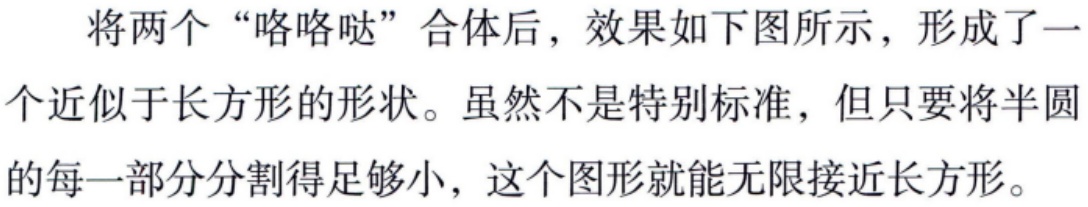
将两个“咯咯哒”合体后，效果如下图所示，形成了一个近似于长方形的形状。虽然不是特别标准，但只要将半圆的每一部分分割得足够小，这个图形就能无限接近长方形。